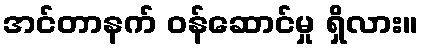
အင်တာနက် ဝန်ဆောင်မှု ရှိလား။